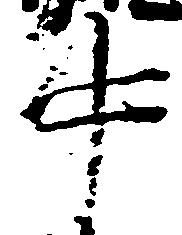
中